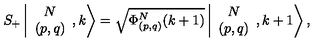
S _ { + } \left\vert \begin{array} { c } { N } \\ { ( p , q ) } \\ \end{array} , k \right> = \sqrt { \Phi _ { ( p , q ) } ^ { N } ( k + 1 ) } \left\vert \begin{array} { c } { N } \\ { ( p , q ) } \\ \end{array} , k + 1 \right> ,